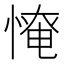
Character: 𢞷